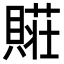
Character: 𮚛